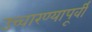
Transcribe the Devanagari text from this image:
उच्चारण्यापूर्वी